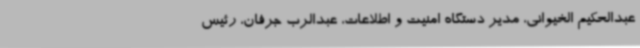
عبدالحکیم الخیوانی، مدیر دستگاه امنیت و اطلاعات، عبدالرب جرفان، رئیس